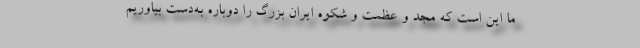
ما این است که مجد و عظمت و شکوه ایران بزرگ را دوباره به‌دست بیاوریم